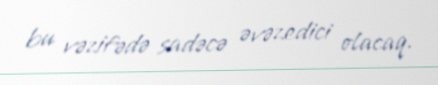
bu vəzifədə sadəcə əvəzedici olacaq.